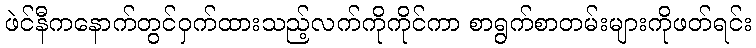
ဖဲင်နီကနောက်တွင်ဝှက်ထားသည့်လက်ကိုကိုင်ကာ စာရွက်စာတမ်းများကိုဖတ်ရင်း